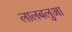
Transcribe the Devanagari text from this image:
लालबलुआ